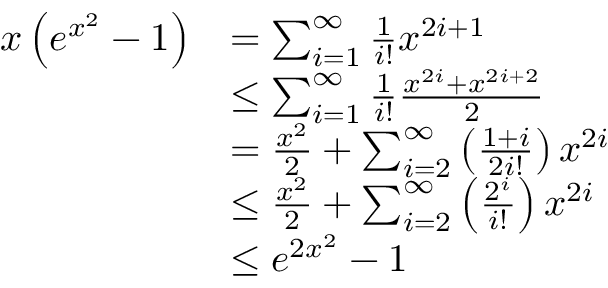
\begin{array} { r l } { x \left( e ^ { x ^ { 2 } } - 1 \right) } & { = \sum _ { i = 1 } ^ { \infty } \frac { 1 } { i ! } x ^ { 2 i + 1 } } \\ & { \le \sum _ { i = 1 } ^ { \infty } \frac { 1 } { i ! } \frac { x ^ { 2 i } + x ^ { 2 i + 2 } } { 2 } } \\ & { = \frac { x ^ { 2 } } { 2 } + \sum _ { i = 2 } ^ { \infty } \left( \frac { 1 + i } { 2 i ! } \right) x ^ { 2 i } } \\ & { \le \frac { x ^ { 2 } } { 2 } + \sum _ { i = 2 } ^ { \infty } \left( \frac { 2 ^ { i } } { i ! } \right) x ^ { 2 i } } \\ & { \le e ^ { 2 x ^ { 2 } } - 1 } \end{array}